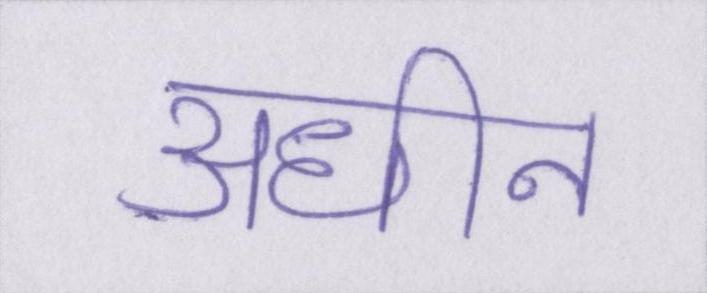
अधीन